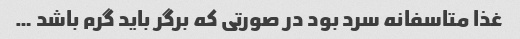
غذا متاسفانه سرد بود در صورتی که برگر باید گرم باشد …